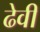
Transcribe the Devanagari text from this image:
ढेवी